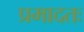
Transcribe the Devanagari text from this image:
प्रमादतः